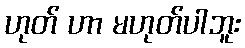
ဟုတ် ဟာ မဟုတ်ပါဘူး